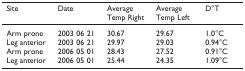
<table><thead><tr><td><b>Site</b></td><td><b>Date</b></td><td><b>Average Temp Right</b></td><td><b>Average Temp Left</b></td><td><b>D°T</b></td></tr></thead><tbody><tr><td>Arm prone</td><td>2003 06 21</td><td>30.67</td><td>29.67</td><td>1.0°C</td></tr><tr><td>Leg anterior</td><td>2003 06 21</td><td>29.97</td><td>29.03</td><td>0.94°C</td></tr><tr><td>Arm prone</td><td>2006 05 01</td><td>28.43</td><td>27.52</td><td>0.91°C</td></tr><tr><td>Leg anterior</td><td>2006 05 01</td><td>25.44</td><td>24.35</td><td>1.09°C</td></tr></tbody></table>